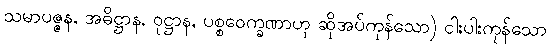
သမာပဇ္ဇန, အဓိဋ္ဌာန, ဝုဋ္ဌာန, ပစ္စဝေက္ခဏာဟု ဆိုအပ်ကုန်သော) ငါးပါးကုန်သော